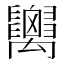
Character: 𥝋